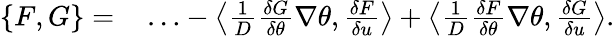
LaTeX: \begin{array}{rl}{\{ F,G\} =}&{{}\ldots-\left\langle\frac{1}{D}\frac{\delta G}{\delta\theta}\nabla\theta,\frac{\delta F}{\delta u}\right\rangle+\left\langle\frac{1}{D}\frac{\delta F}{\delta\theta}\nabla\theta,\frac{\delta G}{\delta u}\right\rangle.}\end{array}